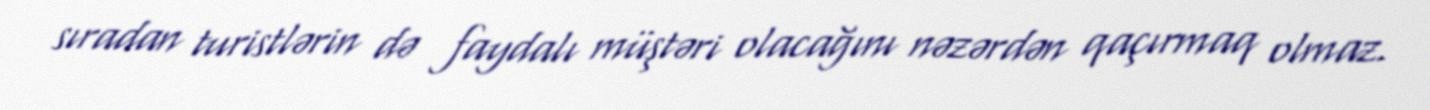
sıradan turistlərin də faydalı müştəri olacağını nəzərdən qaçırmaq olmaz.